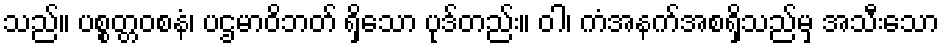
သည်။ ပစ္စတ္တဝစနံ၊ ပဌမာဝိဘတ် ရှိသော ပုဒ်တည်း။ ဝါ၊ ကံအနက်အစရှိသည်မှ အသီးသော